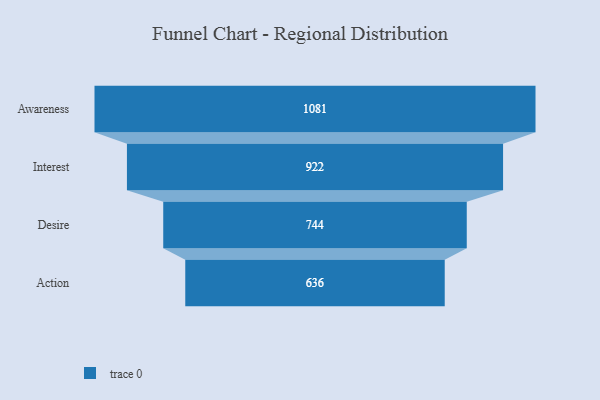
{"axis": {"x": "Stage", "y": "Value"}, "legend": [""], "data": [{"x": "Awareness", "y": 1081.0, "type": ""}, {"x": "Interest", "y": 922.0, "type": ""}, {"x": "Desire", "y": 744.0, "type": ""}, {"x": "Action", "y": 636.0, "type": ""}]}